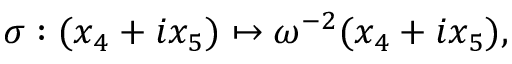
\sigma : ( x _ { 4 } + i x _ { 5 } ) \mapsto \omega ^ { - 2 } ( x _ { 4 } + i x _ { 5 } ) ,